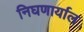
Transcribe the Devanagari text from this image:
निघणार्याल